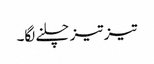
تیز تیز چلنے لگا۔